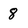
Character: 8